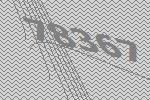
78367